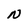
Character: N